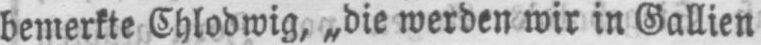
bemerkte Chlodwig, „die werden wir in Gallien